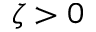
\zeta > 0